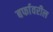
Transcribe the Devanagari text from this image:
बर्फावरील